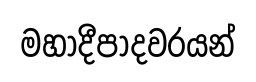
මහාදීපාදවරයන්